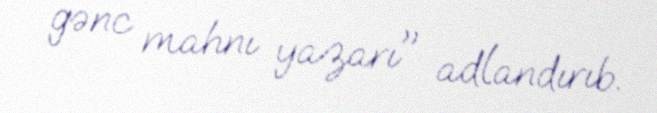
gənc mahnı yazarı" adlandırıb.